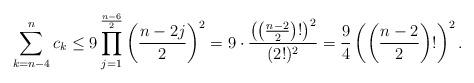
LaTeX: \begin{align*} \sum_{k=n-4}^nc_k\leq 9\prod_{j=1}^{\frac{n-6}{2}}\left(\frac{n-2j}{2}\right)^2 =9\cdot \frac{\left(\left(\frac{n-2}{2}\right)! \right)^2}{(2!)^2} =\frac{9}{4}\left(\left(\frac{n-2}{2}\right)! \right)^2. \end{align*}